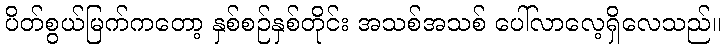
ပိတ်စွယ်မြက်ကတော့ နှစ်စဉ်နှစ်တိုင်း အသစ်အသစ် ပေါ်လာလေ့ရှိလေသည်။